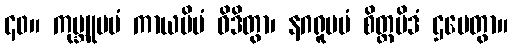
၄၀။ ကုမ္ဘူပမံ ကာယမိမံ ဝိဒိတွာ၊ နဂရူပမံ စိတ္တမိဒံ ဌပေတွာ။